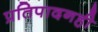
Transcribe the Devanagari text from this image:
प्रतिपादनही